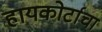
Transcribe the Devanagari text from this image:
हायकोर्टाचा